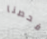
فحصنا